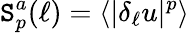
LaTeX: \mathtt{S}_{p}^{a}(\ell)=\langle|\delta_{\ell}u|^{p}\rangle